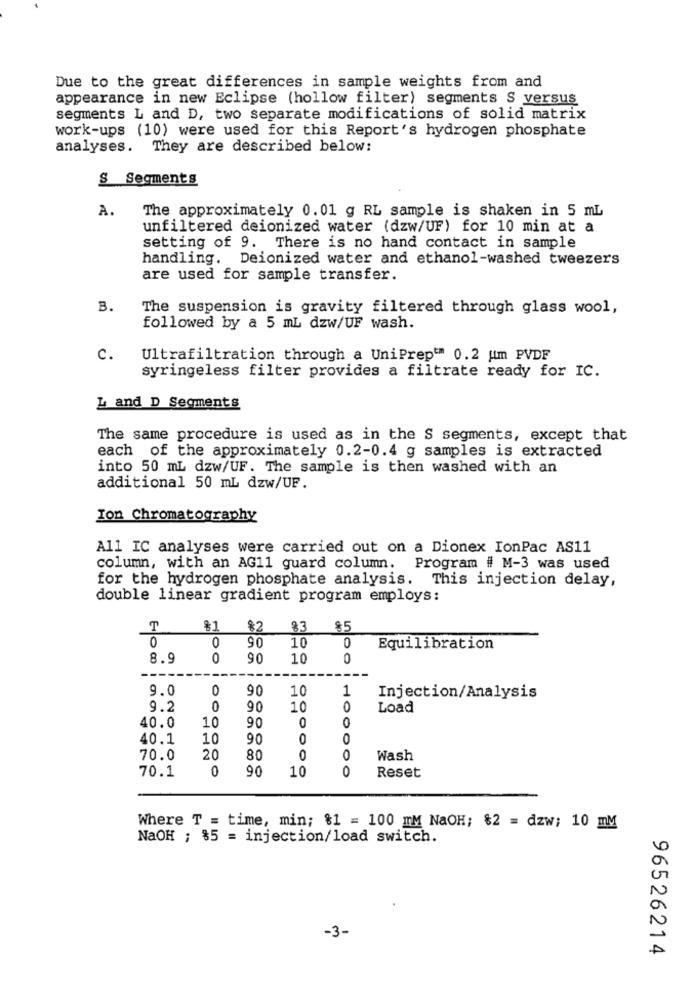
Due to the great differences in sample weights from and
appearance in new Eclipse (hollow filter) segments S versus
segments L and D, two separate modifications of solid matrix
work-ups (10) were used for this Report's hydrogen phosphate
analyses. They are described below:
S Segments
A.
The approximately 0.01 g RL sample is shaken in 5 mL
unfiltered deionized water (dzw/UF) for 10 min at a
setting of 9. There is no hand contact in sample
handling. Deionized water and ethanol-washed tweezers
are used for sample transfer.
B.
The suspension is gravity filtered through glass wool,
followed by a 5 mL dzw/UF wash.
c.
Ultrafiltration through a UniPrep" 0.2 um PVDF
syringeless filter provides a filtrate ready for IC.
L and D Segments
The same procedure is used as in the S segments, except that
each of the approximately 0.2-0.4 g samples is extracted
into 50 mL dzw/UF. The sample is then washed with an
additional 50 mL dzw/UF.
Ion Chromatography
All IC analyses were carried out on a Dionex IonPac AS11
column, with an AG11 guard column.
Program # M-3 was used
for the hydrogen phosphate analysis. This injection delay,
double linear gradient program employs:
T
$1 %2
83
$5
0
10
0
90
0
Equilibration
8.9
0
90
10
0
---.
-
9.0
0
90
10
1
Injection/Analysis
9.2
0
90
10
0
Load
40.0
10
90
0
40.1
10
90
00
70.0
20
80
0
Wash
70.1
0
90
10
0
Reset
Where T = time, min; $1 = 100 mM NaOH; $2 = dzw; 10 mM
NaOH ; $5 = injection/load switch.
-3-
96526214